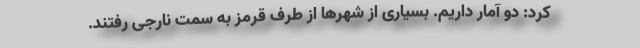
کرد: دو آمار داریم. بسیاری از شهر‌ها از طرف قرمز به سمت نارجی رفتند.